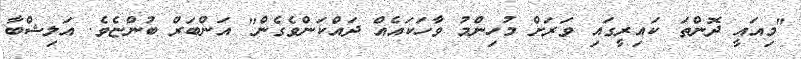
"މިއައީ ދޮންތަ ކައިރީގައި ވަރަށް މުހިންމު ވާހަކައެއް ދައްކަންވެގެން" އަންބަރް ބުންޏެވެ. އަލިޝްބާ